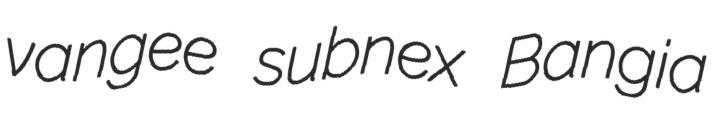
vangee subnex Bangia